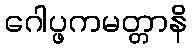
ဂေါပ္ဖကမတ္တာနိ